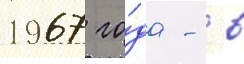
1967 го́да - в